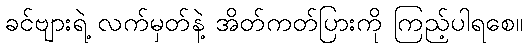
ခင်ဗျားရဲ့ လက်မှတ်နဲ့ အိတ်ကတ်ပြားကို ကြည့်ပါရစေ။